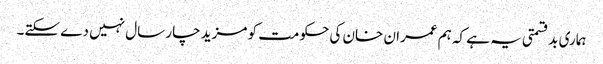
ہماری بدقسمتی یہ ہے کہ ہم عمران خان کی حکومت کو مزید چار سال نہیں دے سکتے۔